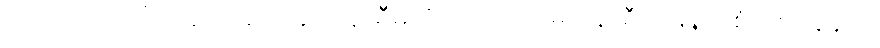
လေယာဉ်ပေါ်က ဆင်းဆင်းချင်း နာရီမတိုက်ခဲ့တော့ မင်းနာရီရဲ့ မြန်မာစံတော်ချိန်က